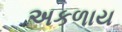
અકળાય